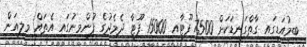
ބިމުއަޑީގައި ގާތްގަނޑަކަށް 7500 ފޫޓާއި 15000 ފޫޓާ ދެމެދުގެ ފުންމިނުގައި އެތައް މިލިއަން